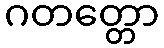
ဂတတ္တော